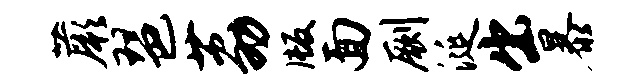
蕨琶荔版面劂涎出暴